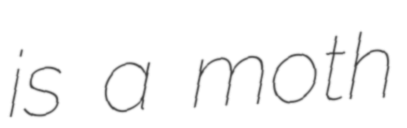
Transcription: is a moth